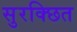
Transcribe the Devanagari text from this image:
सुरक्छित